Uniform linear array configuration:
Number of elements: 4
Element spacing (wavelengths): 0.75
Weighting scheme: uniform
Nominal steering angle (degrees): -30
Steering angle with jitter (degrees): -28.813
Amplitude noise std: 0.05
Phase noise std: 0.05

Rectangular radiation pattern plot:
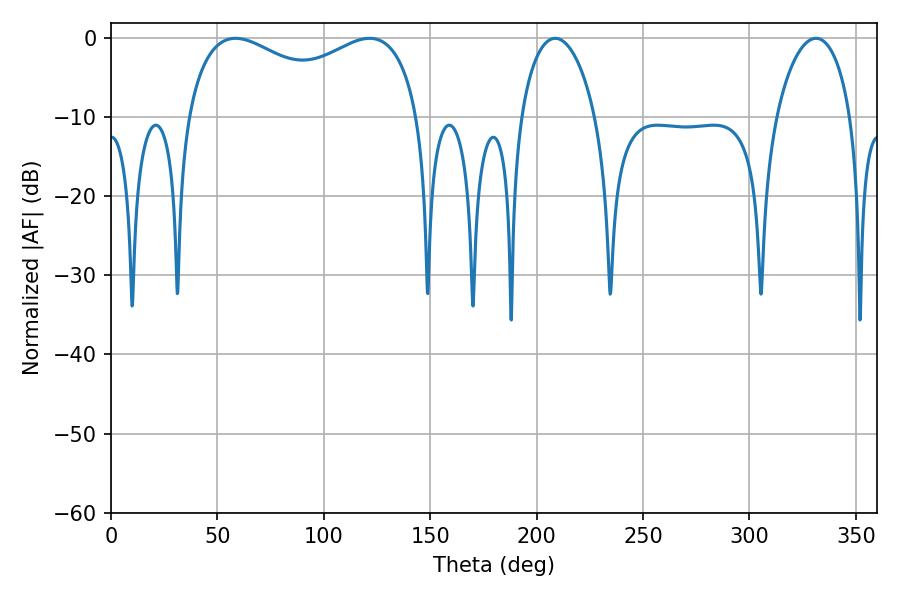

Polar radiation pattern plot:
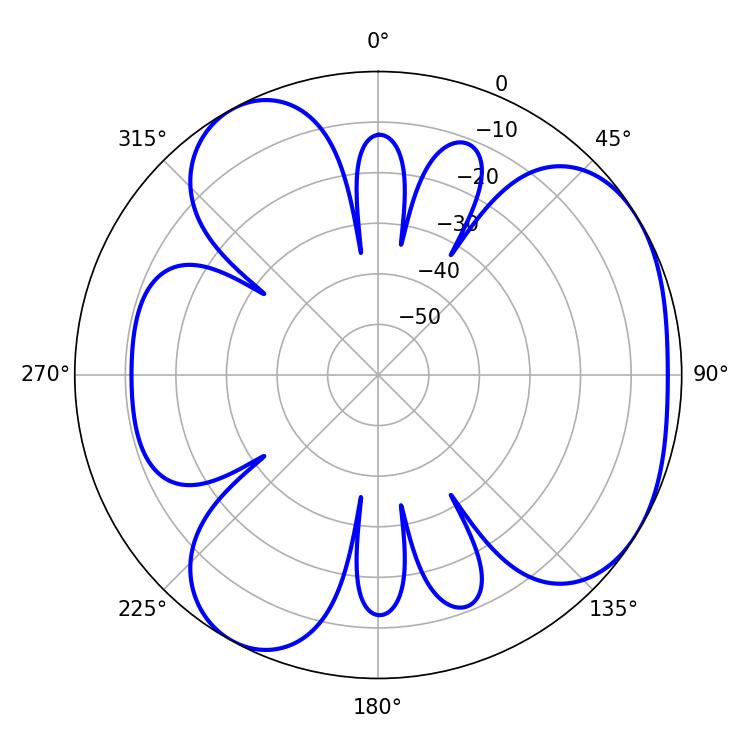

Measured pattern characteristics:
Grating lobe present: TRUE
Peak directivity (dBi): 4.415
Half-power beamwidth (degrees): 91.08
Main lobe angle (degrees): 58.5